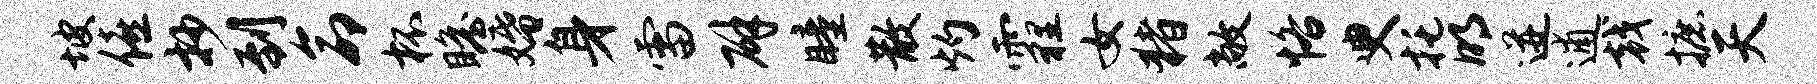
坡僖抄到命杯瞻婚身雷辟瞳散灼霾女猪敞恪臾托明迸逋戟摭天